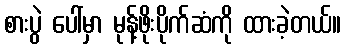
စားပွဲ ပေါ်မှာ မုန့်ဖိုးပိုက်ဆံကို ထားခဲ့တယ်။